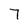
Character: 7